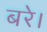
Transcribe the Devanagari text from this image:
बरे।